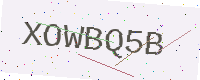
Text: XOWBQ5B